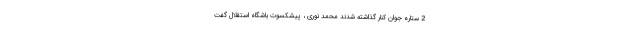
2 ستاره جوان کنار گذاشته شدند محمد نوری ، پیشکسوت باشگاه استقلال گفت